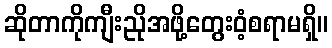
ဆိုတာကိုကျီးညိုအဖို့တွေးဝံ့စရာမရှိ။